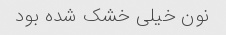
نون خیلی خشک شده بود